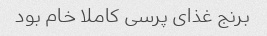
برنج غذای پرسی کاملا خام بود